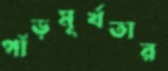
পাঁড়মূর্খতার